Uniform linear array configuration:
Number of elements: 4
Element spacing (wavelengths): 0.75
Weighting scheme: exponential
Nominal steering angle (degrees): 30
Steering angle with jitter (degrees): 31.748
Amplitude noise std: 0.05
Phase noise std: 0.05

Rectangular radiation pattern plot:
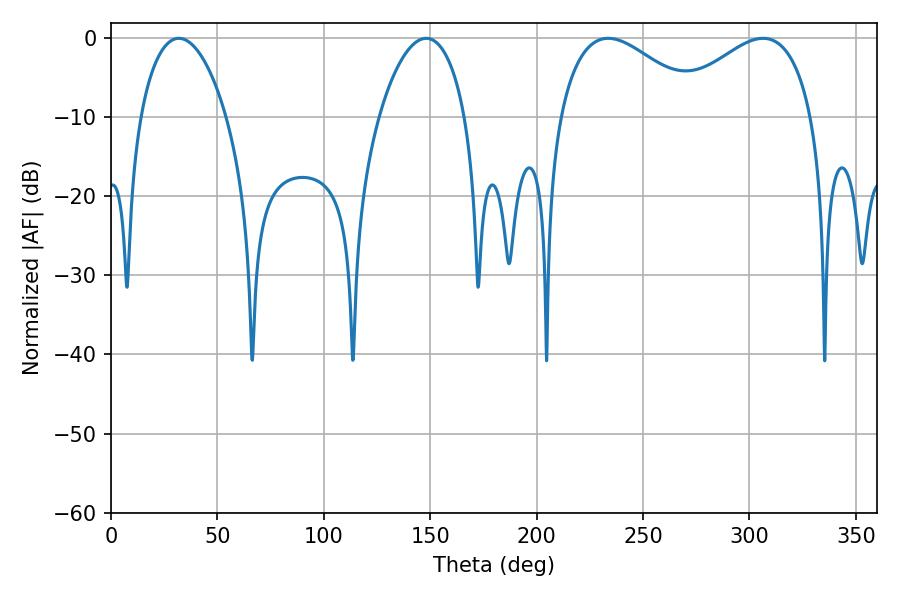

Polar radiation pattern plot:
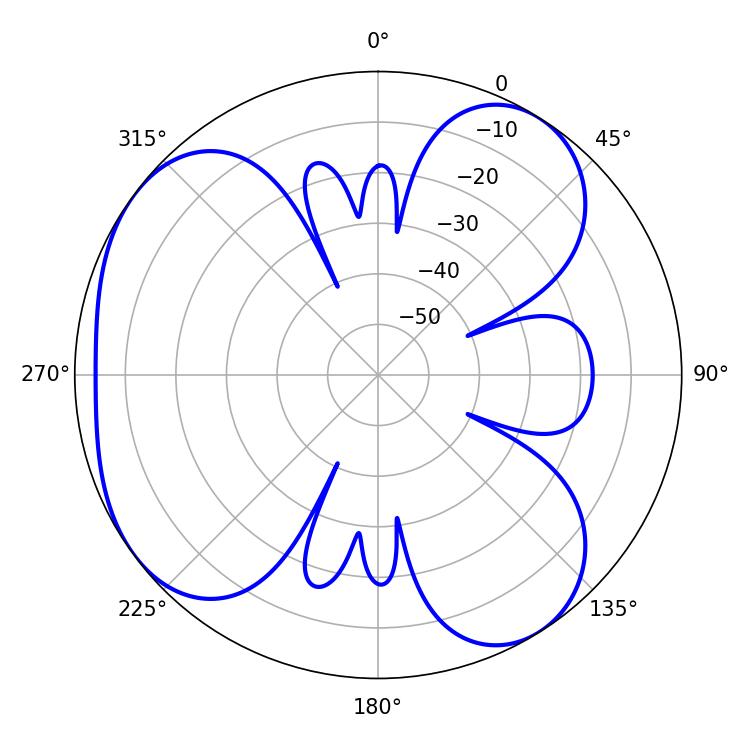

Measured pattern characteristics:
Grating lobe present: TRUE
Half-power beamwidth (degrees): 37.08
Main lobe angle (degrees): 233.64